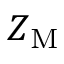
Z _ { \mathrm { M } }